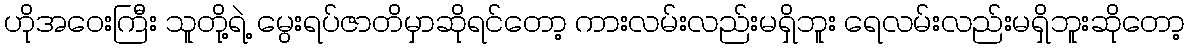
ဟိုအဝေးကြီး သူတို့ရဲ့ မွေးရပ်ဇာတိမှာဆိုရင်တော့ ကားလမ်းလည်းမရှိဘူး ရေလမ်းလည်းမရှိဘူးဆိုတော့